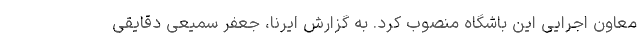
معاون اجرایی این باشگاه منصوب کرد. به گزارش ایرنا، جعفر سمیعی دقایقی